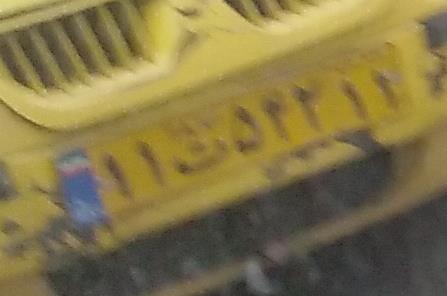
۱۱ت۵۴۲۱۱